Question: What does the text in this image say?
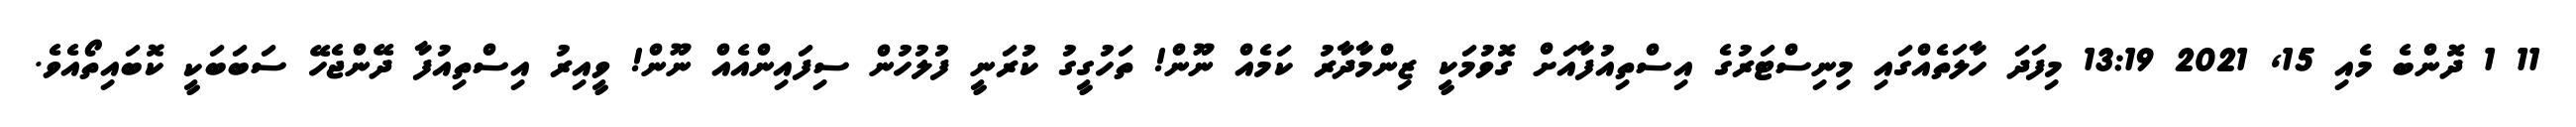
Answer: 11 1 ދޮންބެ މެއި 15, 2021 13:19 މިފަދަ ހާލަތެއްގައި މިނިސްޓަރުގެ އިސްތިއުފާއަށް ގޮވުމަކީ ޒިންމާދާރު ކަމެއް ނޫން! ތަހުގީގު ކުރަނީ ފުލުހުން ސިފައިންއެއް ނޫން! ވީއިރު އިސްތިއުފާ ދޭންޖެހޭ ސަބަބަކީ ކޮބައިތޯއެވެ.